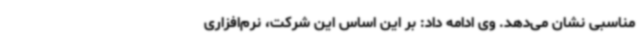
مناسبی نشان می‌دهد. وی ادامه داد: بر این اساس این شرکت، نرم‌افزاری